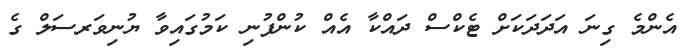
އެންމެ ގިނަ އަދަދަކަށް ޓެކްސް ދައްކާ އެއް ކުންފުނި ކަމުގައިވާ ޔުނިވަރސަލް ގެ